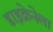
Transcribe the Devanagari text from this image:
डाइक्रेनेला